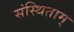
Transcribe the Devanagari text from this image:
संस्थिताम्‌